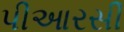
પીઆરસી